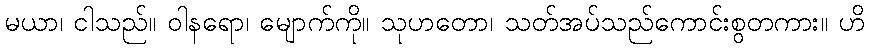
မယာ၊ ငါသည်။ ဝါနရော၊ မျောက်ကို။ သုဟတော၊ သတ်အပ်သည်ကောင်းစွတကား။ ဟိ